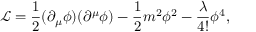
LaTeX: { \mathcal { L } } = { \frac { 1 } { 2 } } ( \partial _ { \mu } \phi ) ( \partial ^ { \mu } \phi ) - { \frac { 1 } { 2 } } m ^ { 2 } \phi ^ { 2 } - { \frac { \lambda } { 4 ! } } \phi ^ { 4 } ,